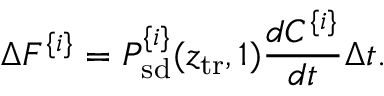
\Delta F ^ { \{ i \} } = { P _ { \mathrm { s d } } ^ { \{ i \} } ( z _ { \mathrm { t r } } , 1 ) } { \frac { d C ^ { \{ i \} } } { d t } } \Delta t .